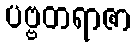
ပဗ္ဗတရာဇာ